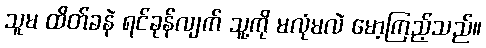
သူမ ထိတ်ခနဲ ရင်ခုန်လျက် သူ့ကို မလုံမလဲ မော့ကြည့်သည်။